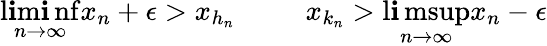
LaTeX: \operatorname*{l\mathbf{i}m\mathbf{i}nf}_{n\to\infty}x_{n}+\epsilon>x_{h_{n}}\; \; \; \; \; \; \; \; \; x_{k_{n}}>\operatorname*{l\mathbf{i}msup}_{n\to\infty}x_{n}-\epsilon